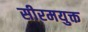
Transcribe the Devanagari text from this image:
सीरमयुक्त